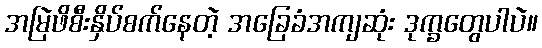
အမြဲဖိစီးနှိပ်စက်နေတဲ့ အခြေခံအကျဆုံး ဒုက္ခတွေပါပဲ။